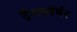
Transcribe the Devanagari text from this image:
ट्रैंसफॉर्मर